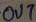
Text: OUT